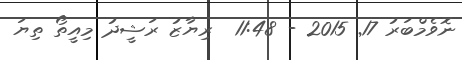
ނޮވެމްބަރު 17